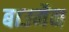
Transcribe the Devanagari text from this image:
बाउमैन